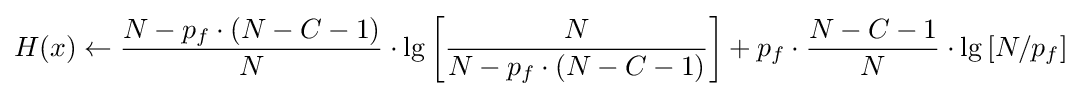
H(x)\gets {\frac {N-p_{f}\cdot (N-C-1)}{N}}\cdot \lg \left[{\frac {N}{N-p_{f}\cdot (N-C-1)}}\right]+p_{f}\cdot {\frac {N-C-1}{N}}\cdot \lg \left[N/p_{f}\right]